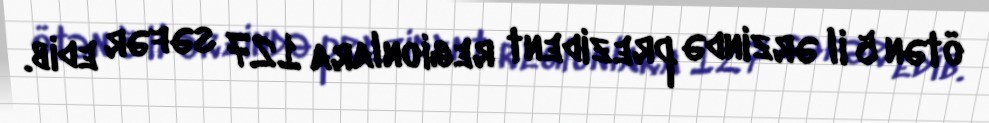
ötən 5 il ərzində prezident regionlara 127 səfər edib.